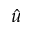
\hat { u }